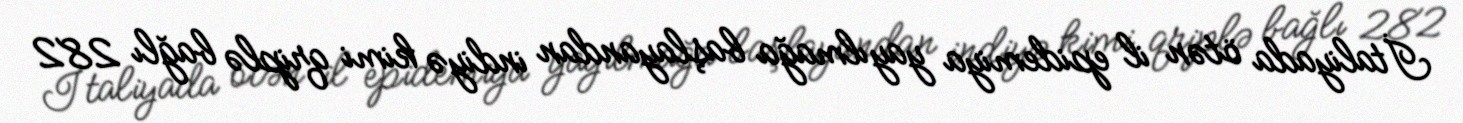
İtaliyada ötən il epidemiya yayılmağa başlayandan indiyə kimi qriplə bağlı 282